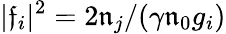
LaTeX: \lvert\mathfrak{f}_{i}\rvert^{2}=2\mathfrak{n}_{j}/(\gamma\mathfrak{n}_{0}g_{i})